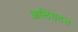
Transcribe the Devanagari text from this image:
आलिंगटन